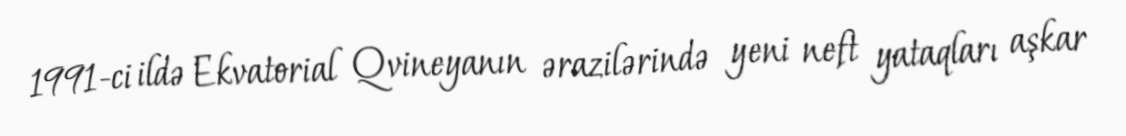
1991-ci ildə Ekvatorial Qvineyanın ərazilərində yeni neft yataqları aşkar